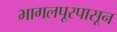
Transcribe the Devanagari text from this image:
भागलपूरपासून